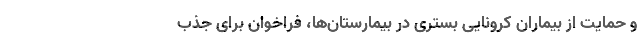
و حمایت از بیماران کرونایی بستری در بیمارستان‌ها، فراخوان برای جذب